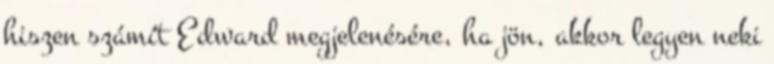
hiszen számít Edward megjelenésére, ha jön, akkor legyen neki